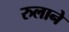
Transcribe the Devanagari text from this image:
रुलाने